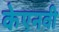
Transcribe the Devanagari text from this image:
केएनवी